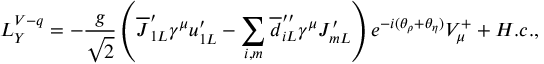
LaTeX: { \cal L } _ { Y } ^ { V - q } = - \frac g { \sqrt { 2 } } \left( \overline { { { J } } } _ { 1 L } ^ { \prime } \gamma ^ { \mu } u _ { 1 L } ^ { \prime } - \sum _ { i , m } \overline { { { d } } } _ { i L } ^ { \prime \prime } \gamma ^ { \mu } J _ { m L } ^ { \prime } \right) e ^ { - i ( \theta _ { \rho } + \theta _ { \eta } ) } V _ { \mu } ^ { + } + H . c . ,